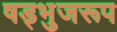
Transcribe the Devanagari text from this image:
षड्भुजरूप